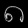
Digit: ၈